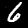
Label: 6